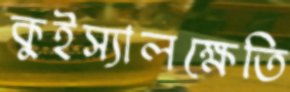
কুইস্যালক্ষেতি